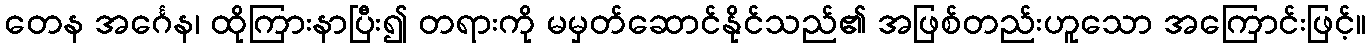
တေန အင်္ဂေန၊ ထိုကြားနာပြီး၍ တရားကို မမှတ်ဆောင်နိုင်သည်၏ အဖြစ်တည်းဟူသော အကြောင်းဖြင့်။